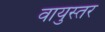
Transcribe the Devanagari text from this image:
वायुस्तर